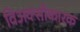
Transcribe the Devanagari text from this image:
विअक्सीकारक